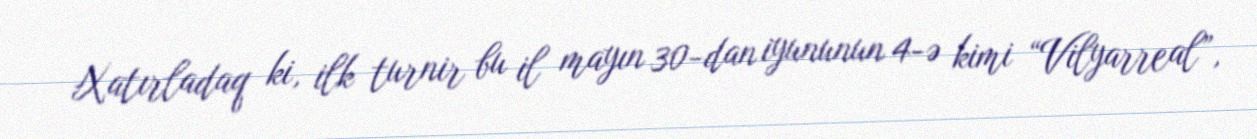
Xatırladaq ki, ilk turnir bu il mayın 30-dan iyununun 4-ə kimi “Vilyarreal”,